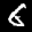
Digit: 6